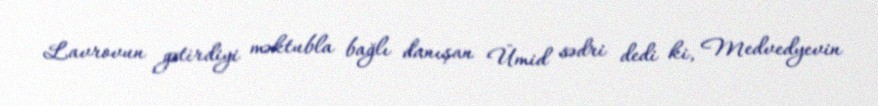
Lavrovun gətirdiyi məktubla bağlı danışan Ümid sədri dedi ki, Medvedyevin